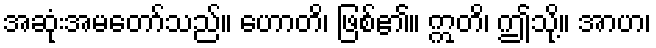
အဆုံးအမတော်သည်။ ဟောတိ၊ ဖြစ်၏။ ဣတိ၊ ဤသို့။ အာဟ၊